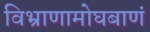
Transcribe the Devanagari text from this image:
विभ्राणामोघबाणं